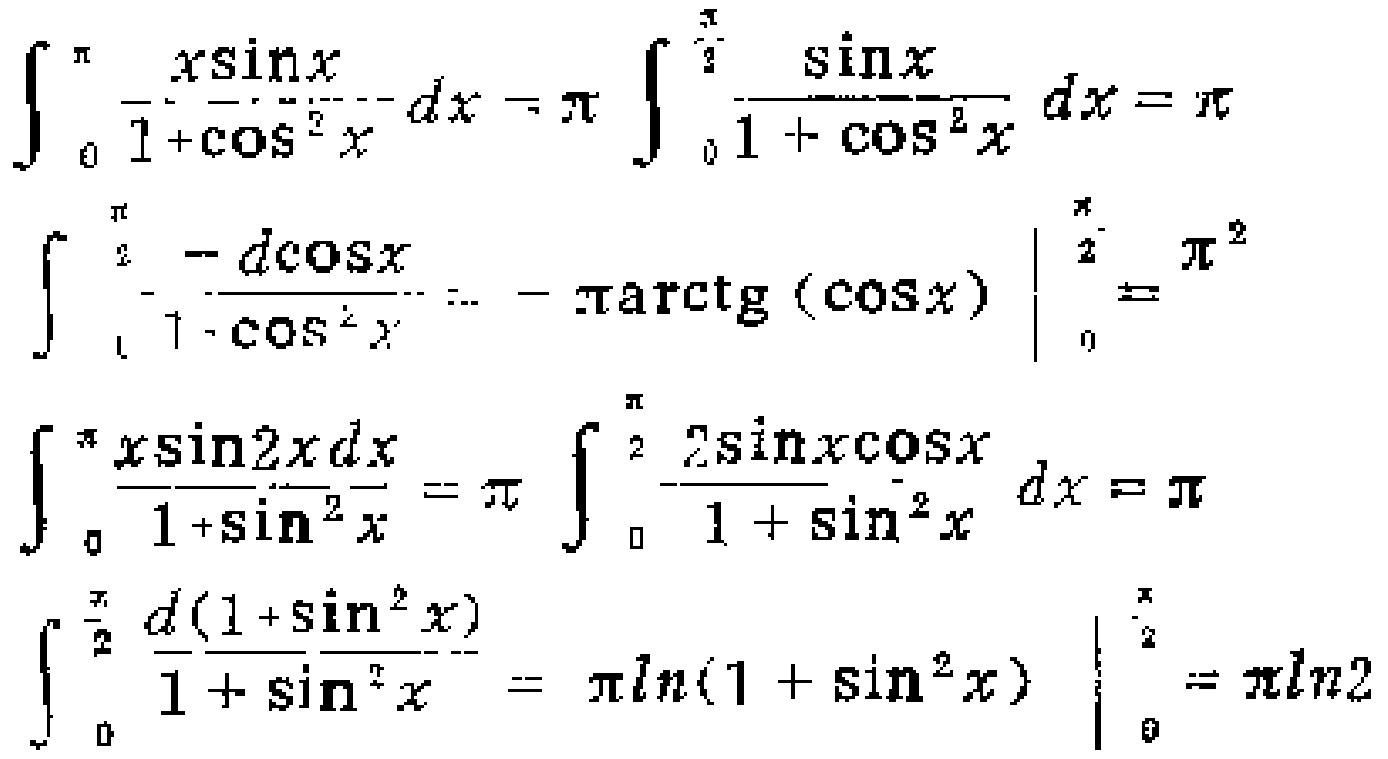
\[\begin{align*}
&\int_{0}^{\pi}\frac{x\sin x}{1 + \cos^{2}x}dx=\pi\int_{0}^{\frac{\pi}{2}}\frac{\sin x}{1 + \cos^{2}x}dx=\pi\\
&\int_{0}^{\frac{\pi}{2}}\frac{-d\cos x}{1+\cos^{2}x}=-\pi\arctan(\cos x)\big|_{0}^{\frac{\pi}{2}}=\frac{\pi^{2}}{4}\\
&\int_{0}^{\pi}\frac{x\sin2x}{1 + \sin^{2}x}dx=\pi\int_{0}^{\frac{\pi}{2}}\frac{2\sin x\cos x}{1 + \sin^{2}x}dx=\pi\\
&\int_{0}^{\frac{\pi}{2}}\frac{d(1 + \sin^{2}x)}{1 + \sin^{2}x}=\pi\ln(1 + \sin^{2}x)\big|_{0}^{\frac{\pi}{2}}=\pi\ln2
\end{align*}\]